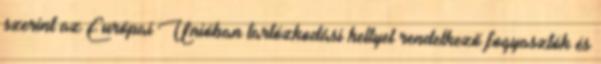
szerint az Európai Unióban tartózkodási hellyel rendelkező fogyasztók és